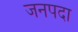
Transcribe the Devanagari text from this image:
जनपदा